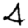
Digit: 4